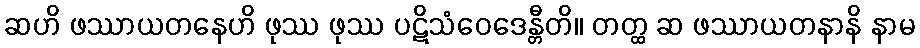
ဆဟိ ဖဿာယတနေဟိ ဖုဿ ဖုဿ ပဋိသံဝေဒေန္တီတိ။ တတ္ထ ဆ ဖဿာယတနာနိ နာမ